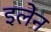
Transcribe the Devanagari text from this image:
इलेन